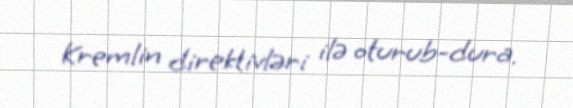
Kremlin direktivləri ilə oturub-dura.